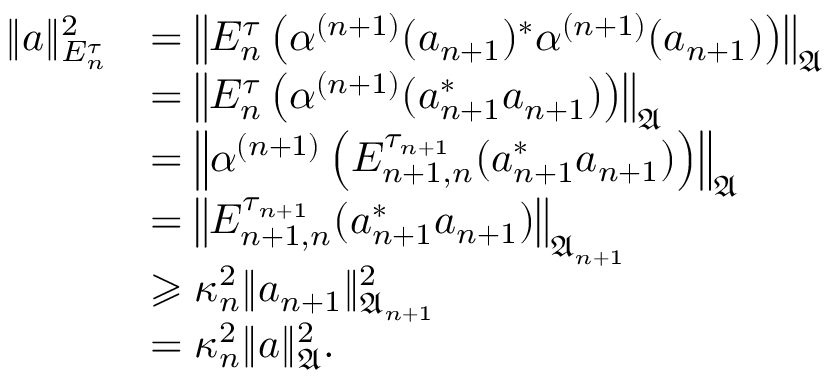
\begin{array} { r l } { \| a \| _ { E _ { n } ^ { \tau } } ^ { 2 } } & { = \left\| E _ { n } ^ { \tau } \left( \alpha ^ { ( n + 1 ) } ( a _ { n + 1 } ) ^ { * } \alpha ^ { ( n + 1 ) } ( a _ { n + 1 } ) \right) \right\| _ { \mathfrak { A } } } \\ & { = \left\| E _ { n } ^ { \tau } \left( \alpha ^ { ( n + 1 ) } ( a _ { n + 1 } ^ { * } a _ { n + 1 } ) \right) \right\| _ { \mathfrak { A } } } \\ & { = \left\| \alpha ^ { ( n + 1 ) } \left( E _ { n + 1 , n } ^ { \tau _ { n + 1 } } ( a _ { n + 1 } ^ { * } a _ { n + 1 } ) \right) \right\| _ { \mathfrak { A } } } \\ & { = \left\| E _ { n + 1 , n } ^ { \tau _ { n + 1 } } ( a _ { n + 1 } ^ { * } a _ { n + 1 } ) \right\| _ { { \mathfrak { A } } _ { n + 1 } } } \\ & { \geqslant \kappa _ { n } ^ { 2 } \| a _ { n + 1 } \| _ { { \mathfrak { A } } _ { n + 1 } } ^ { 2 } } \\ & { = \kappa _ { n } ^ { 2 } \| a \| _ { \mathfrak { A } } ^ { 2 } . } \end{array}